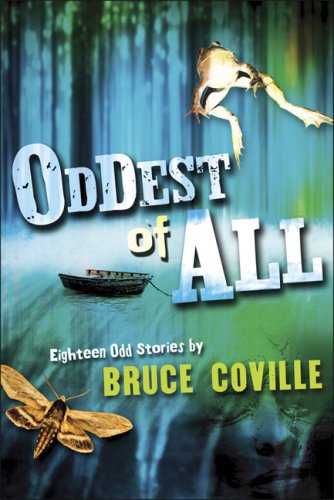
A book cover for Oddest of All; Bruce Coville; Teen & Young Adult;